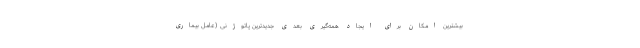
بیشترین امکان برای ایجاد همه‌گیری بعدی جدیدترین پاتوژنی (عامل بیماری